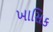
ખાસિક